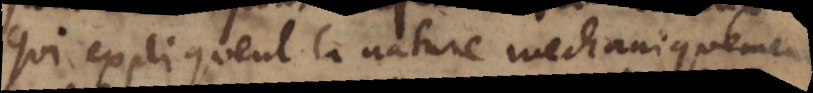
qui expliquent la nature mechaniquement